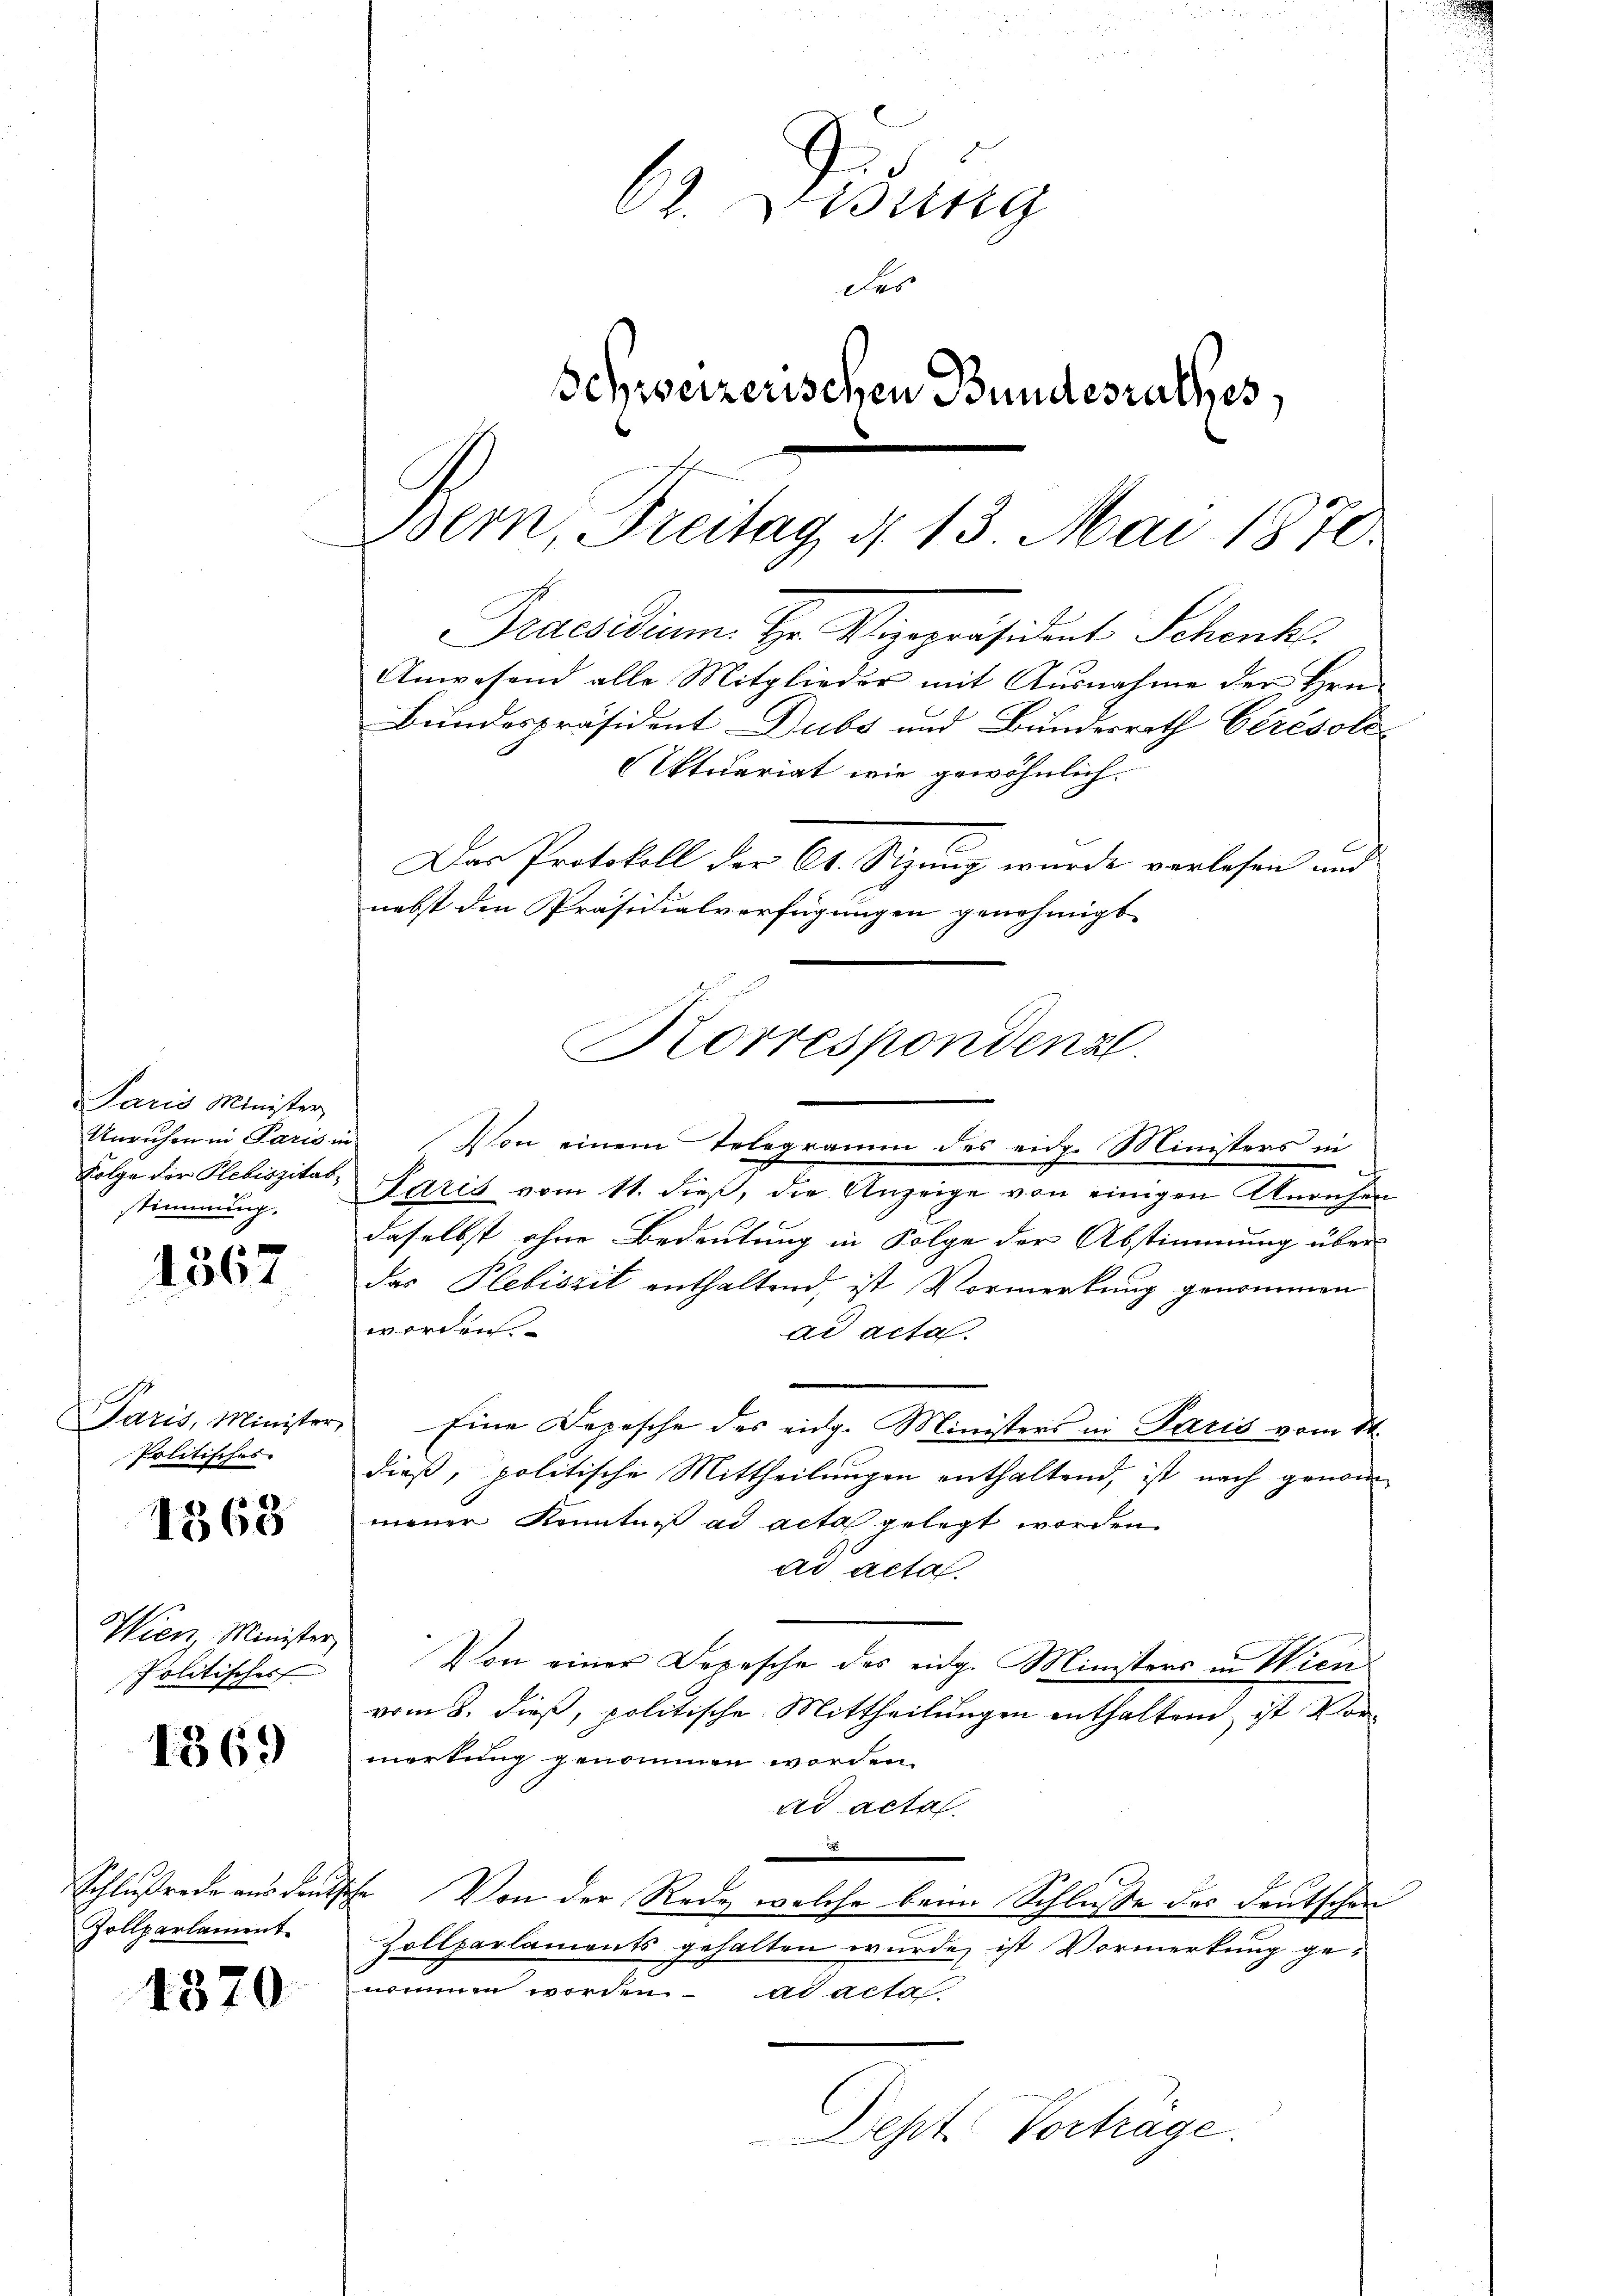
Paris Minister,
stimmung.

1867

Paris, Minister,
Politisches

1368

Wienz Minister
politischer

1369

Zollparlament

1370

Bern, Freitag d. 13. Mai 1870.
Praesidium. Hr. Vizepräsident Schenke
Anwesend alle Mitglieder mit Ausnahme der Hrrn.
Bundespräsident Dubs und Bundesrath Cérésole

62. Disung
des
Schweizerischen Bundesrathes,

Ettuariat wie gewöhnlich.
Unruhen in Paris in Von einem Telegramm des eidg. Ministers in
Folge der Plebiszitat, Paris vom 11. dieβ, die Anzeige von einigen Unaufen
daselbst ohne Bedeutung in Folge der Abstimmung überdas Plebiszit enthaltend, ist Vormerkung genommen
worden
ad acta.
Eine Depesche des eidg. Ministers in Paris vom 11.
dieß, politische Mittheilungen enthaltend, ist nach genommener Kenntniß ad acta gelegt worden.
ad acta
Von einer Depesche des eidg. Ministers in Wien
vom 8. dieß, politische Mittheilungen enthaltend, ist Vormerkung genommen worden.
ad acta
.
Schlußrede aus deutsche Von der Rede, welche beim Schluße des Deutschen
Zollparlaments gehalten wurde, ist Vormerkung ge¬
.
nommen worden ad acta
Dehst Vortrage.

Das Protokoll der Ct. Sizung wurde verlesen und
nebst den Präsidialverfügungen genehmigt.
Korrespondenal